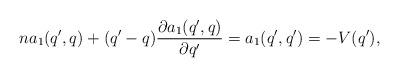
LaTeX: \begin{align*} na_1(q',q) + (q'-q) \frac{\partial a_1(q',q)}{\partial q'} = a_1(q',q')= -V(q'),\end{align*}